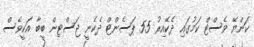
ކަންޔޭ ވެސްޓް ކަމުގައި ދެކޭއިރު 55 ޕަސެންޓް ދެކެނީ ޖަސްޓިން ބީބާ އަކީވެސް